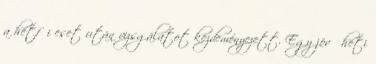
a hétfői eset után vizsgálatot kezdeményezett. Egy jövő heti